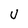
Character: U